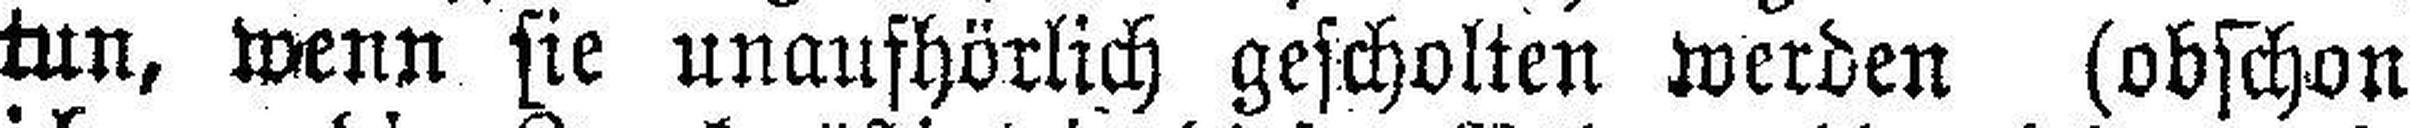
tun, wenn sie unaufhörlich gescholten werden (obschon